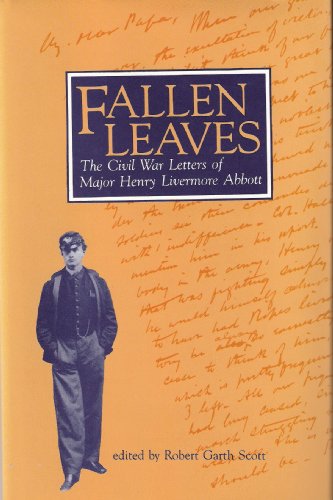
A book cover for Fallen Leaves: The Civil War Letters of Major Henry Livermore Abbott; Robert Garth Scott; History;